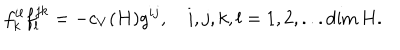
f _ { k } ^ { i l } f _ { l } ^ { j k } = - c _ { V } ( H ) g ^ { i j } , ~ i , j , k , l = 1 , 2 , . . . \dim H .